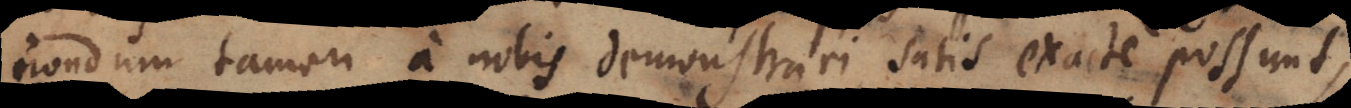
nondum tamen a nobis demonstrari satis exacte possunt,